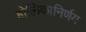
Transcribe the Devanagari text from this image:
होलिकानिर्णय